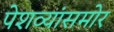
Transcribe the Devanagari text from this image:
पेशव्यांसमोर